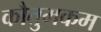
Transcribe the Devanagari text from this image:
कौतुमकम